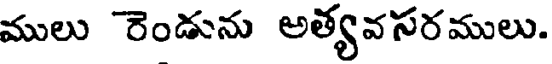
ములు రెండును అత్యవసరములు.